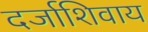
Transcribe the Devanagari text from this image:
दर्जाशिवाय